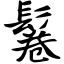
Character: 鬈